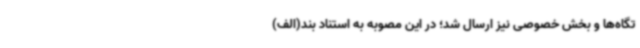
تگاه‌ها و بخش خصوصی نیز ارسال شد؛ در این مصوبه به استناد بند(الف)